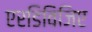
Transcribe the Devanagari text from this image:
एरडिविजिए